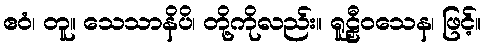
ဧဝံ၊ တူ။ သေသာနိပိ၊ တို့ကိုလည်း။ ရူဠှီဝသေန၊ ဖြင့်။